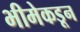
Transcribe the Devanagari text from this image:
भीमेकडून